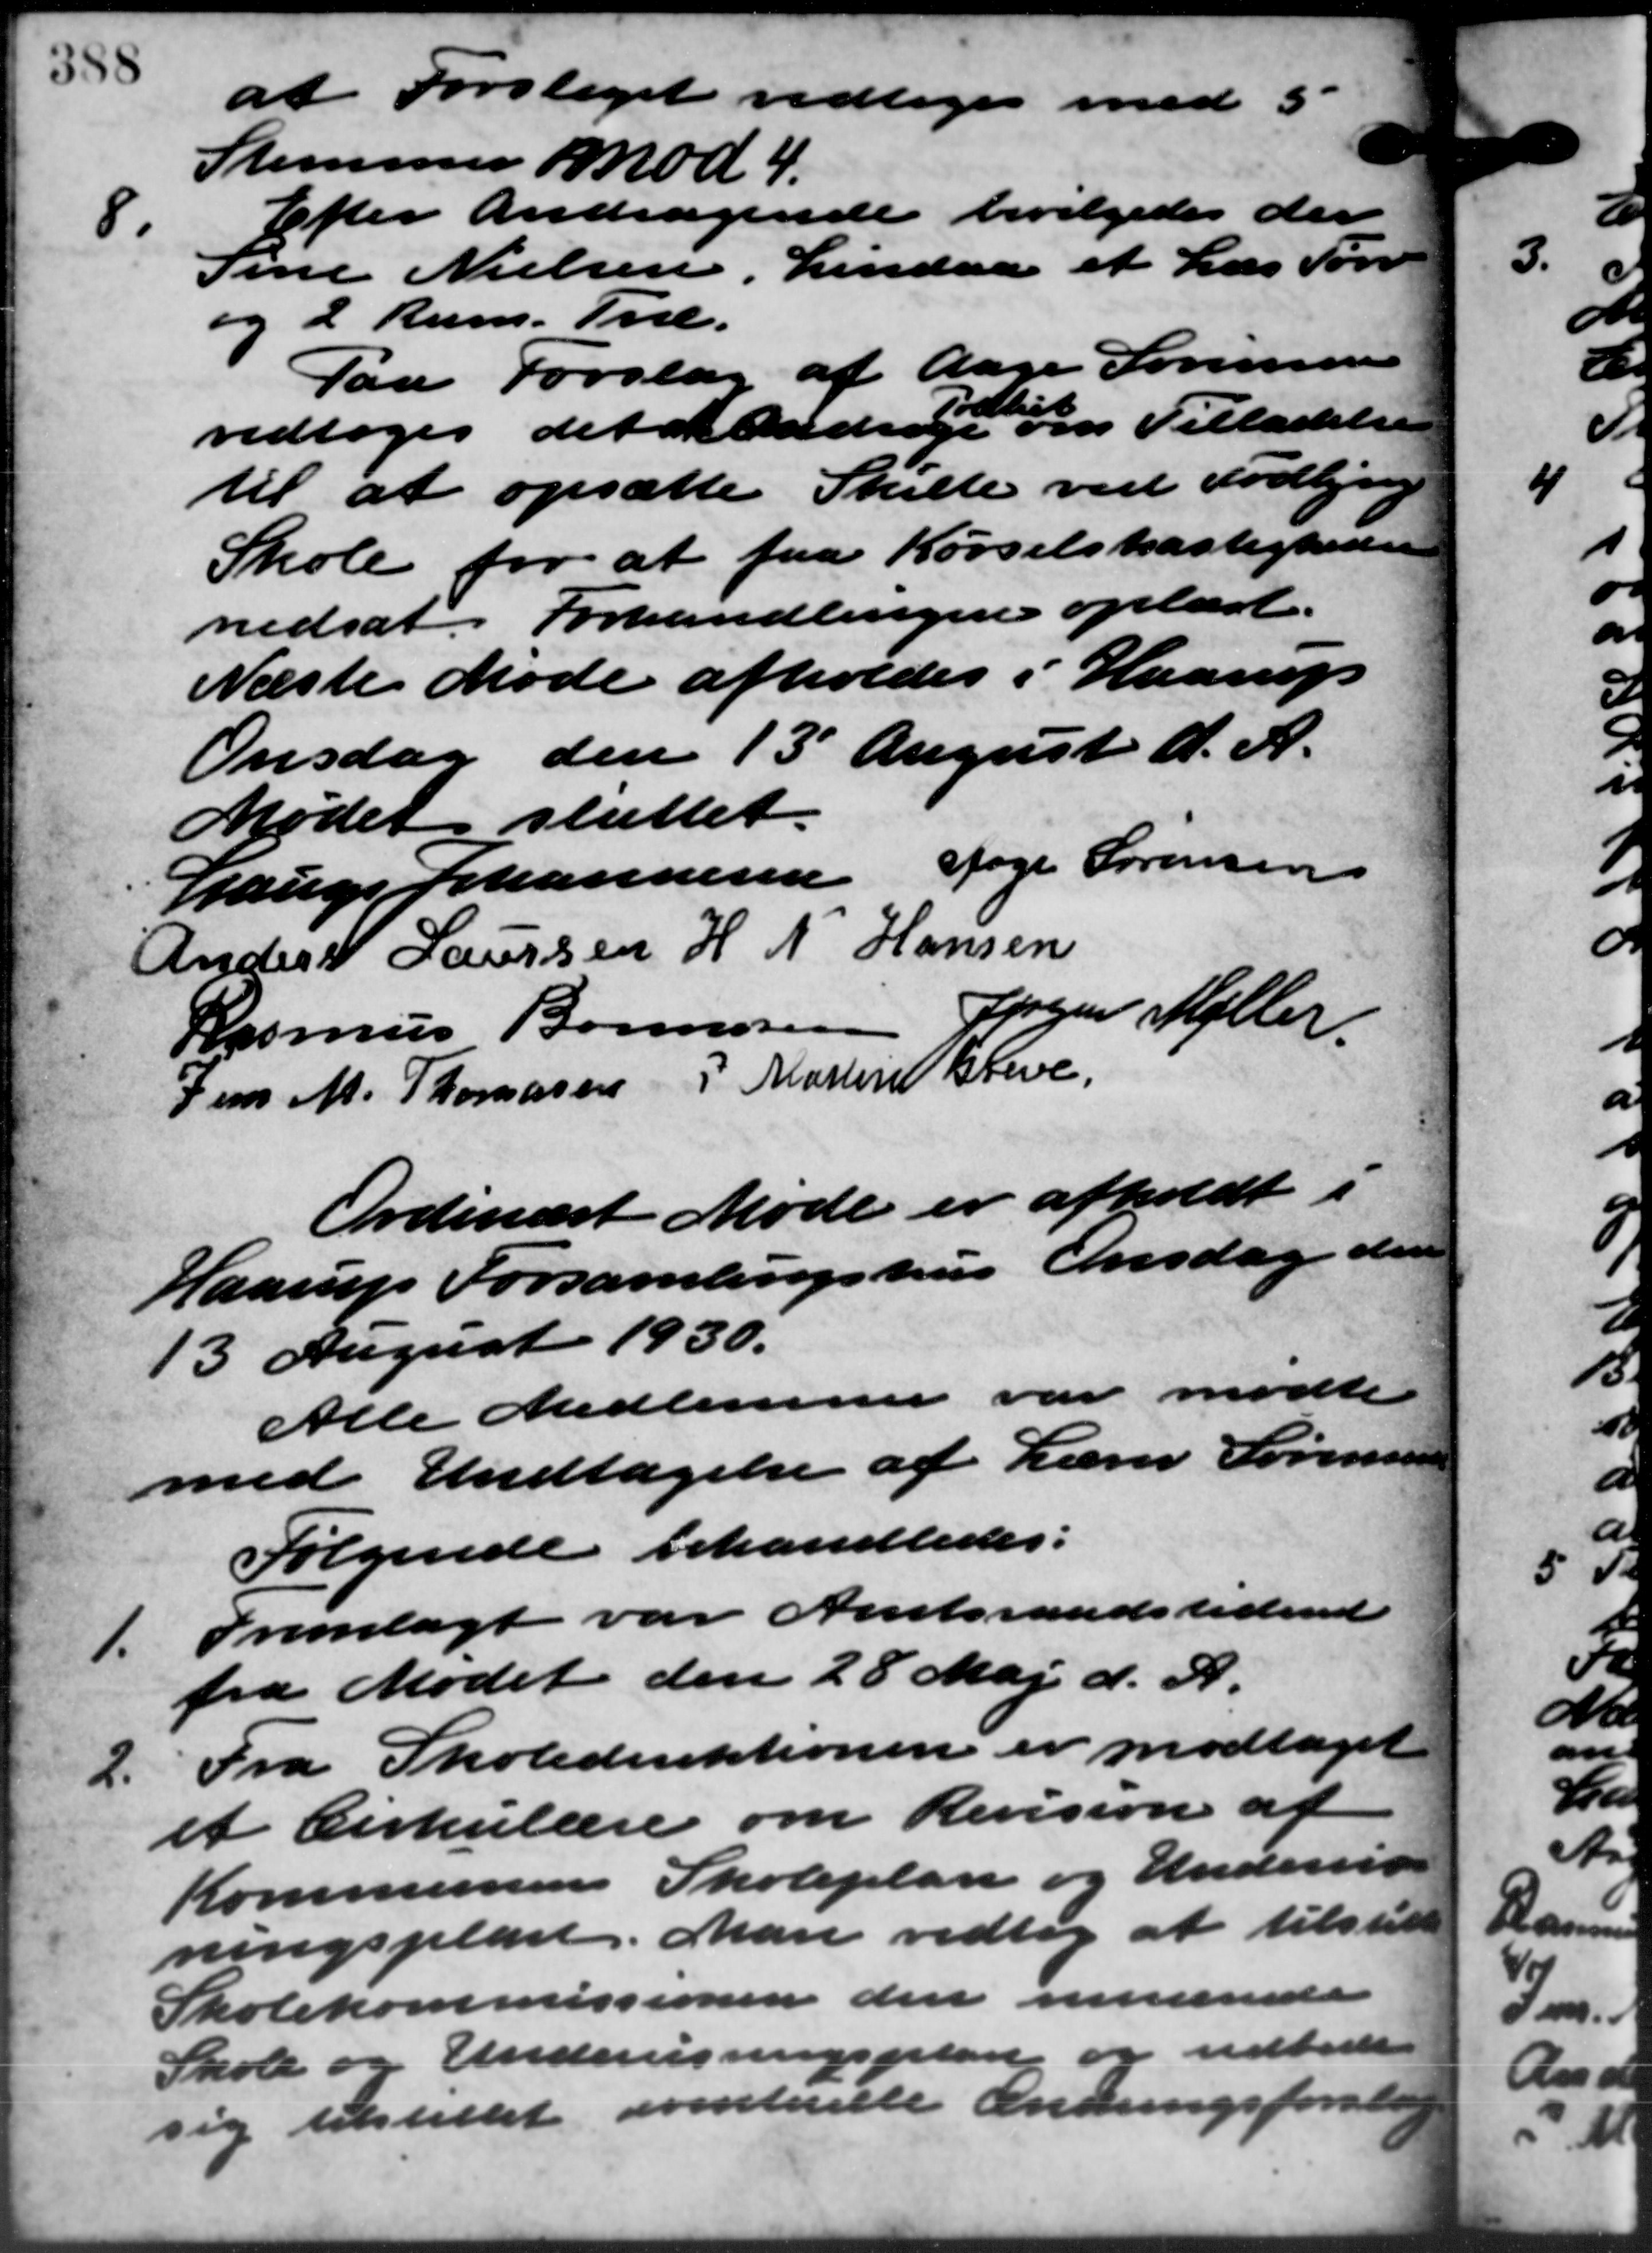
Transskription:
at Forslaget vedtoges med 5
Stemmer mod 4.
8.
Efter Andragende bevilgedes der
Sine Nielsen, Lindaa et Læs Tørv
og 2 Rum. Træ.
Paa Forslag af Aage Sørensen
vedtoges det at Ander et Tilladelse
til at opsætte Skilte ved Todbjerg
Skole for at faa Kørselskastighed
nedsat. Forhandlingen oplæst.
Næste Møde afholdes i Haarup
Onsdag den 13 August d. A.
Mødet sluttet.
Lauge Johannesen Aage Sørensen
Anders Laursen  H. N. Hansen
Rasmus Bonnesen Jørgen Møller
Jens M. Thomasen P. Martin Greve
Ordinært Møde er afholdt i
Haarup Forsamlingshus Onsdag de
13 August 1930.
Alle Medlemmer var mødte
med Undtagelse af Lærer Sørensen
Følgende behandledes:
1. Fremlagt var Amtsraadstidende
1. Fremlagt var Amtsraadstidende
fra Mødet den 28 Maj d. A.
2. Fra Skoledirektionen er modtaget
2. Fra Skoledirektionen er modtaget
et Cirkulære om Revision af
Kommunens Skoleplan og Undervis
ningsplan. Man vedtog at tilstille
Skolekommissionen den nuværede
Skole og Undervisningsplan og udbede
sig tilstillet oventuelle Ændringsforst